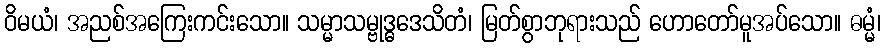
ဝိမယံ၊ အညစ်အကြေးကင်းသော။ သမ္မာသမ္ဗုဒ္ဓဒေသိတံ၊ မြတ်စွာဘုရားသည် ဟောတော်မူအပ်သော။ ဓမ္မံ၊